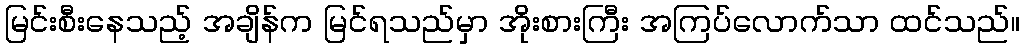
မြင်းစီးနေသည့် အချိန်က မြင်ရသည်မှာ အိုးစားကြီး အကြပ်လောက်သာ ထင်သည်။